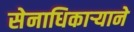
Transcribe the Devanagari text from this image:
सेनाधिकार्‍याने